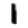
Digit: 1